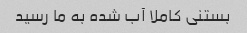
بستنی کاملا آب شده به ما رسید